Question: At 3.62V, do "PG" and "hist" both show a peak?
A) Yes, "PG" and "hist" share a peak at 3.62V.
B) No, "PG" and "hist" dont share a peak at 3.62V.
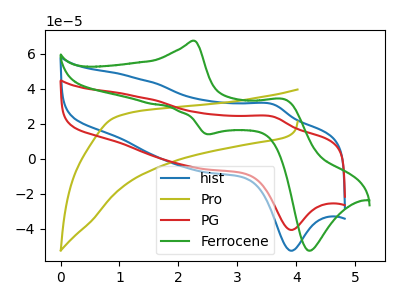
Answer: <think>The blue curve "hist" has an anodic peak at (3.60V, 31.10uA) and a cathodic peak at (3.90V, -52.55uA). The olive curve "Pro" has no peaks. The red curve "PG" has an anodic peak at (3.60V, 24.05uA) and a cathodic peak at (3.90V, -40.65uA). The green curve "Ferrocene" has anodic peaks at (2.30V, 67.40uA) (3.80V, 33.95uA) and cathodic peaks at (2.50V, 14.05uA) (4.25V, -52.45uA).</think>
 <answer>A) Yes, "PG" and "hist" share a peak at 3.62V.</answer>
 <eval>A</eval>